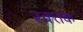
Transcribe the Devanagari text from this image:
रक्‍तक